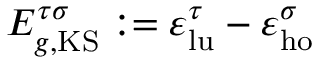
E _ { g , \mathrm { K S } } ^ { \tau \sigma } : = \varepsilon _ { \mathrm { l u } } ^ { \tau } - \varepsilon _ { \mathrm { h o } } ^ { \sigma }